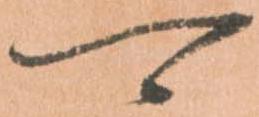
可